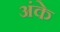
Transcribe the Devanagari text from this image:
अंके